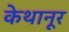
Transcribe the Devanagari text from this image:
केथानूर